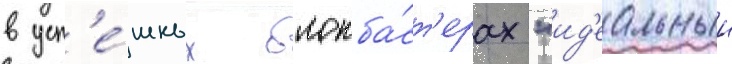
в усп'е́шных блокба́ст'ерах "ид'еальныи